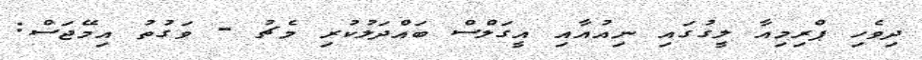
ދިވެހި ޕްރިމިއާ ލީގުގައި ނިއުއާއި އީގަލްސް ބައްދަލުކުރި މެޗު - ވަގުތު އިމޭޖަސް: